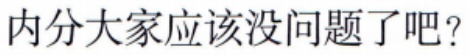
内分大家应该没问题了吧？